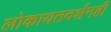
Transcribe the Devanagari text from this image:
लोकायतदर्शनही